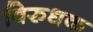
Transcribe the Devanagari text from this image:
विरुधक